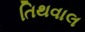
તિથવાલ